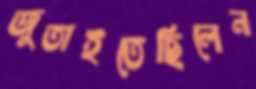
জুতাইতেছিলেন